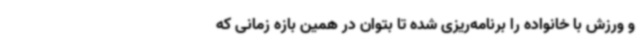
و ورزش با خانواده را برنامه‌ریزی شده تا بتوان در همین بازه زمانی که